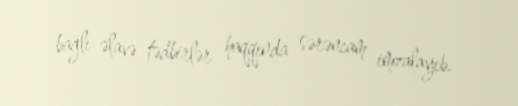
bağlı əlavə tədbirlər haqqında sərəncam imzalayıb.